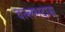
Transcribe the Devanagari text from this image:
वल्लभदास